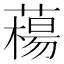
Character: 𦼴